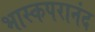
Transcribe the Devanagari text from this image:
भास्कपरानंद